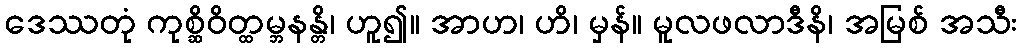
ဒေဿတုံ ကုစ္ဆိဝိတ္ထမ္ဘနန္တိ၊ ဟူ၍။ အာဟ၊ ဟိ၊ မှန်။ မူလဖလာဒီနိ၊ အမြစ် အသီး